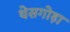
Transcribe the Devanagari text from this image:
थेसगोड़ा